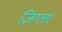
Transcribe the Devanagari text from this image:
ज़िग्लर